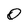
Character: O